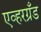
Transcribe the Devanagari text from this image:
एव्हरग्रँड